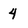
Character: 4